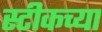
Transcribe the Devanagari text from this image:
स्टीकच्या